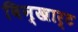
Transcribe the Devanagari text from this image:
विन्खार्ट